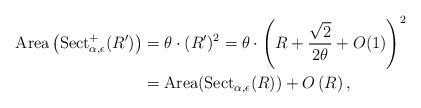
LaTeX: \begin{align*}\textnormal{Area}\left(\textnormal{Sect}^{+}_{\alpha,\epsilon}(R')\right) &= \theta \cdot (R')^{2} = \theta \cdot \left(R + \frac{\sqrt{2}}{2\theta}+ O(1)\right)^{2}\\&= \textnormal{Area}(\textnormal{Sect}_{\alpha, \epsilon}(R))+O\left(R\right),\end{align*}